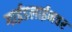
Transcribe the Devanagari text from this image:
गाईडलाईनवर